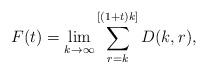
LaTeX: \begin{align*}F(t)=\lim_{k\to\infty} \sum_{r=k}^{[(1+t)k]} D(k,r),\end{align*}